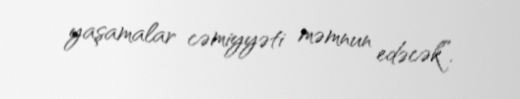
yaşamalar cəmiyyəti məmnun edəcək”.